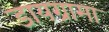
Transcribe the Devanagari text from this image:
डायग्रामा